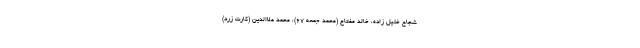
شجاع خلیل زاده، خالد مفتاح (محمد جمعه ۶۷)، محمد علاالدین (کارت زرد)